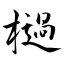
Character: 檛